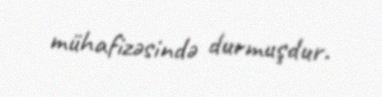
mühafizəsində durmuşdur.